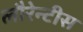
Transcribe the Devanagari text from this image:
लौरेन्टीस